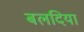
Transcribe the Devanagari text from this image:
बलदिया